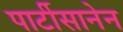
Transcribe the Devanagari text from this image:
पार्टीसानेन